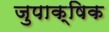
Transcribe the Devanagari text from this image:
जुपाक्षिक